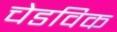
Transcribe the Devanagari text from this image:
चेडविक